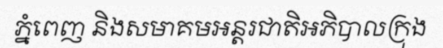
ភ្នំពេញ និងសមាគមអន្តរជាតិអភិបាលក្រុង